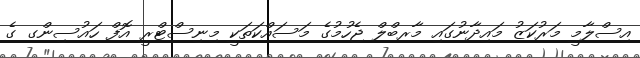
އިސްލާމީ މަރުކަޒު މައިދާނުގައި މާރބްލް ޖެހުމުގެ މަސައްކަތަކީ މިނިސްޓްރީ އޮފް ހައުސިންގ ގެ